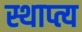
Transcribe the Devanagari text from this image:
स्थाप्त्य